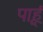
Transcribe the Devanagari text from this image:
पाहू्ं